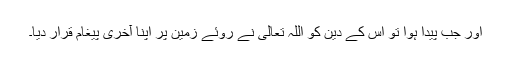
اور جب پیدا ہوا تو اس کے دین کو اللہ تعالیٰ نے روئے زمین پر اپنا آخری پیغام قرار دیا۔